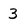
Character: 3